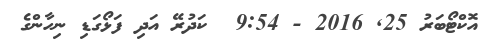
އޮކްޓޯބަރު 25